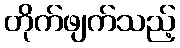
တိုက်ဖျက်သည့်